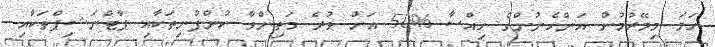
ހަމަ މިމޭރުމުން އަންހެނުންގެ ހިއްސާ %50 އަށް ވުރެ މަތިންވާ ކުންފުނިތަކާއި ޕާޓްނަޝިޕްތަކާއި